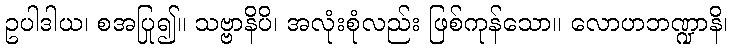
ဥပါဒါယ၊ စအပြု၍။ သဗ္ဗာနိပိ၊ အလုံးစုံလည်း ဖြစ်ကုန်သော။ လောဟဘဏ္ဍာနိ၊